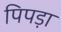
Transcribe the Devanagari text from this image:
पिपड़ा